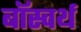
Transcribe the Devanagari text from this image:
बॉस्वर्थ